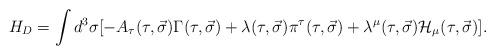
LaTeX: \begin{align*}H_D=\int d^3\sigma [-A_{\tau}(\tau ,\vec \sigma ) \Gamma (\tau ,\vec \sigma )+\lambda (\tau ,\vec \sigma )\pi^{\tau}(\tau ,\vec \sigma )+\lambda^{\mu}(\tau ,\vec \sigma ){\cal H}_{\mu}(\tau ,\vec \sigma )].\end{align*}